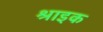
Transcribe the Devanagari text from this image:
श्राइक